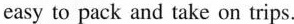
easy to pack and take on trips.